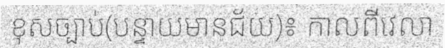
ខុសច្បាប់(បន្ទាយមានជ័យ)៖ កាលពីវេលា